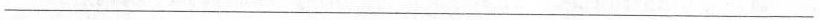
___